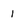
Character: 1